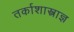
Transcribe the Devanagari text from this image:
तर्काशास्त्राज्ञ